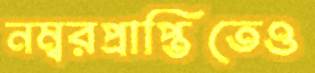
নম্বরপ্রাপ্তিতেও